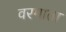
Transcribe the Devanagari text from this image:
वरमाता